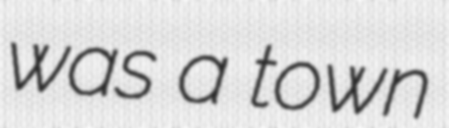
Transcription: was a town